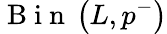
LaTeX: \mathrm{~B~i~n~}\left(L,p^{-}\right)